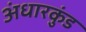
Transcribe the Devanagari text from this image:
अंधारकुंड